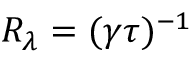
R _ { \lambda } = ( \gamma \tau ) ^ { - 1 }